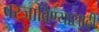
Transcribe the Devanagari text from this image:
बस्जाविण्यासाठी